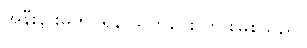
အနီးနားမကပ်ရန် သတိပေး တားမြစ်သည်။